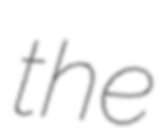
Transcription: the